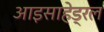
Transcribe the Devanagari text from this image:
आइसाहेड्रल